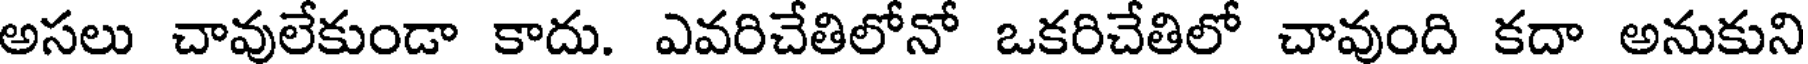
అసలు చావులేకుండా కాదు. ఎవరిచేతిలోనో ఒకరిచేతిలో చావుంది కదా అనుకుని